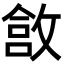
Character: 𫿄